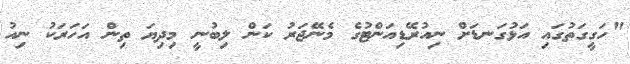
"ހަގީގަތުގައި އަޅުގަނޑަށް ނިއުރޭޑިއަންޓުގެ މެނޭޖަރު ކަން ލިބުނީ މިދިޔަ ތިން އަހަރަކު ނިއު